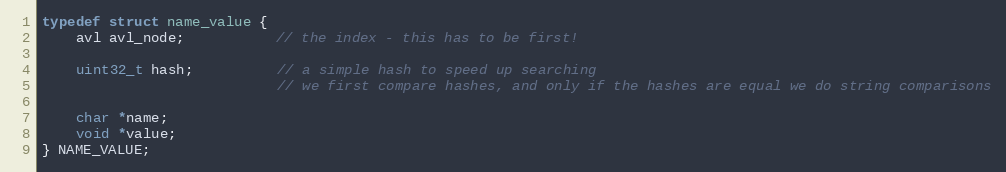
Language: C
typedef struct name_value {
    avl avl_node;           // the index - this has to be first!

    uint32_t hash;          // a simple hash to speed up searching
                            // we first compare hashes, and only if the hashes are equal we do string comparisons

    char *name;
    void *value;
} NAME_VALUE;